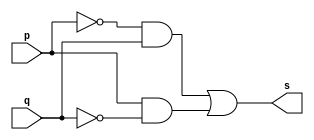
// ---------------------
// Guia 01_05 - Extra 05 
// Nome: Heitor Terozendi
// ---------------------

// ---------------------
// -- XOR ~ 2
// ---------------------

module xorgate(s, p, q);
	output s;
	input p, q;
	
	assign s = ( (~p&q | p&~q) );
	
endmodule

// ---------------------
// Test xorgate
// ---------------------

module testxorgate;
	reg a,b;
	wire s;
				// instancia
	xorgate XOR1 (s, a,b);
			   // parte principal
	initial begin
		$display("Guia 01_05 - Heitor Terozendi - 3966988");
      $display("Xor gate");
      $display("\n(~a&b | a&~b) = s\n");
		a=0; b=0;
		#1  $display("~( %b  ^   %b)  = %b", a, b, s);
		a=0; b=1;
		#1  $display("~( %b  ^   %b)  = %b", a, b, s);
		a=1; b=0;
		#1  $display("~( %b  ^   %b)  = %b", a, b, s);
		a=1; b=1;
		#1  $display("~( %b  ^   %b)  = %b", a, b, s);	
	end
endmodule